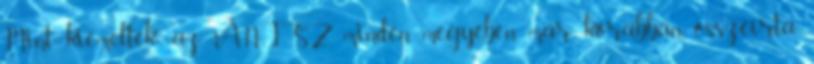
Mint kiemelték: az ÁNTSZ minden megyében már korábban összeírta